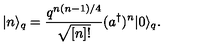
| n \rangle _ { q } = \frac { q ^ { n ( n - 1 ) / 4 } } { \sqrt { [ n ] ! } } ( a ^ { \dagger } ) ^ { n } | 0 \rangle _ { q } .